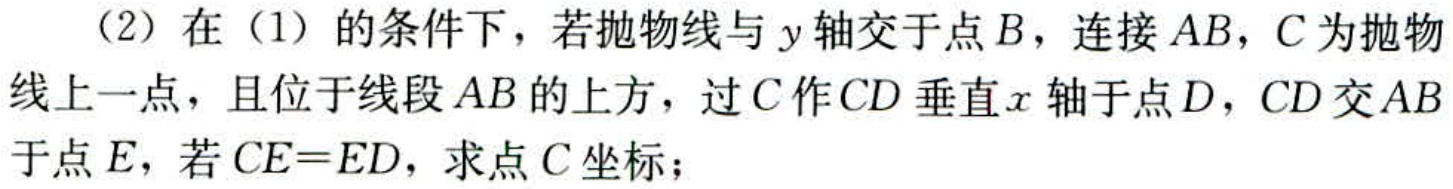
(2) 在 (1) 的条件下，若抛物线与 \(y\) 轴交于点 \(B\)，连接 \(AB\)，\(C\) 为抛物线上一点，且位于线段 \(AB\) 的上方，过 \(C\) 作 \(CD\) 垂直 \(x\) 轴于点 \(D\)，\(CD\) 交 \(AB\) 于点 \(E\)，若 \(CE = ED\)，求点 \(C\) 坐标；